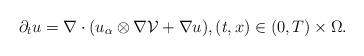
LaTeX: \begin{align*}\partial_tu=\nabla\cdot(u_{\alpha} \otimes \nabla\mathcal{V}+\nabla u),(t,x) \in(0,T)\times\Omega.\end{align*}